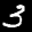
Label: 3